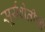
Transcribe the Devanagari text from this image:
सूर्यशेतीची